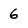
Character: 6